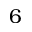
6